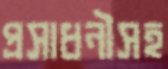
প্রসাধনীসহ